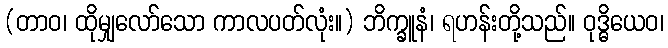
(တာဝ၊ ထိုမျှလော်သော ကာလပတ်လုံး။) ဘိက္ခူနံ၊ ရဟန်းတို့သည်။ ဝုဒ္ဓိယေဝ၊